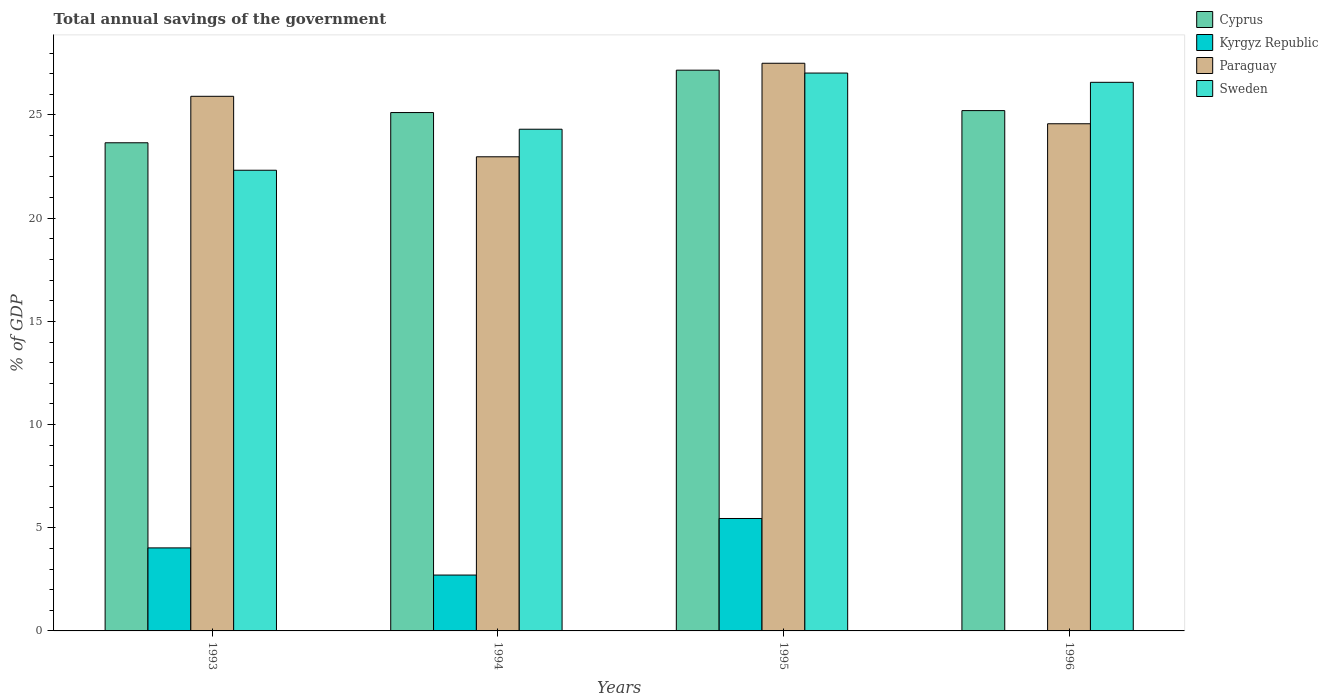
| Years | Cyprus | Kyrgyz Republic | Paraguay | Sweden |
 | --- | --- | --- | --- | --- |
 | 1993 | 23.7 | 4.02 | 25.9 | 22.3 |
 | 1994 | 25.1 | 2.71 | 23 | 24.3 |
 | 1995 | 27.2 | 5.45 | 27.5 | 27 |
 | 1996 | 25.2 | -0.622 | 24.6 | 26.6 |